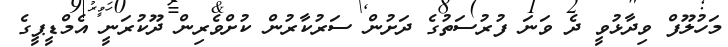
މަހުލޫފް ވިދާޅުވީ ދެ ވަނަ ފުރުސަތުގެ ދަށުން ސަރުކާރުން ކުށްވެރިން ދޫކުރަނީ އެމްޑީޕީގެ